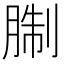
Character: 𦜋